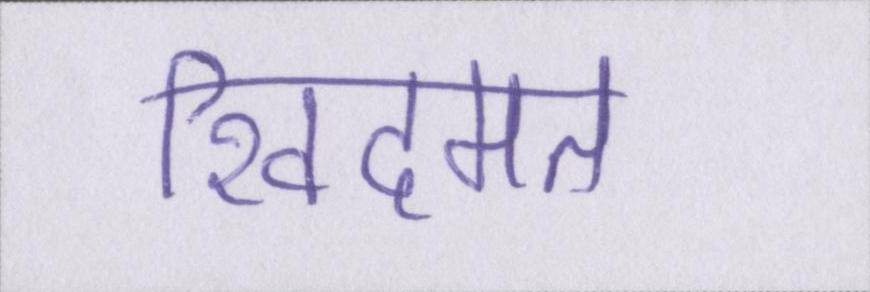
खिदमत